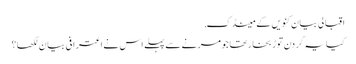
اقبالی بیان کنویں کے مینڈک,
کیا یہ گردن توڑ بخار تھا جو مرنے سے پہلے اس نے اعترافی بیان لکھا؟